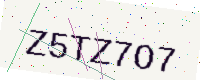
Text: Z5TZ7O7